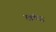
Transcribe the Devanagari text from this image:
खंण्ड